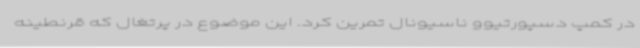
در کمپ دسپورتیوو ناسیونال تمرین کرد. این موضوع در پرتغال که قرنطینه